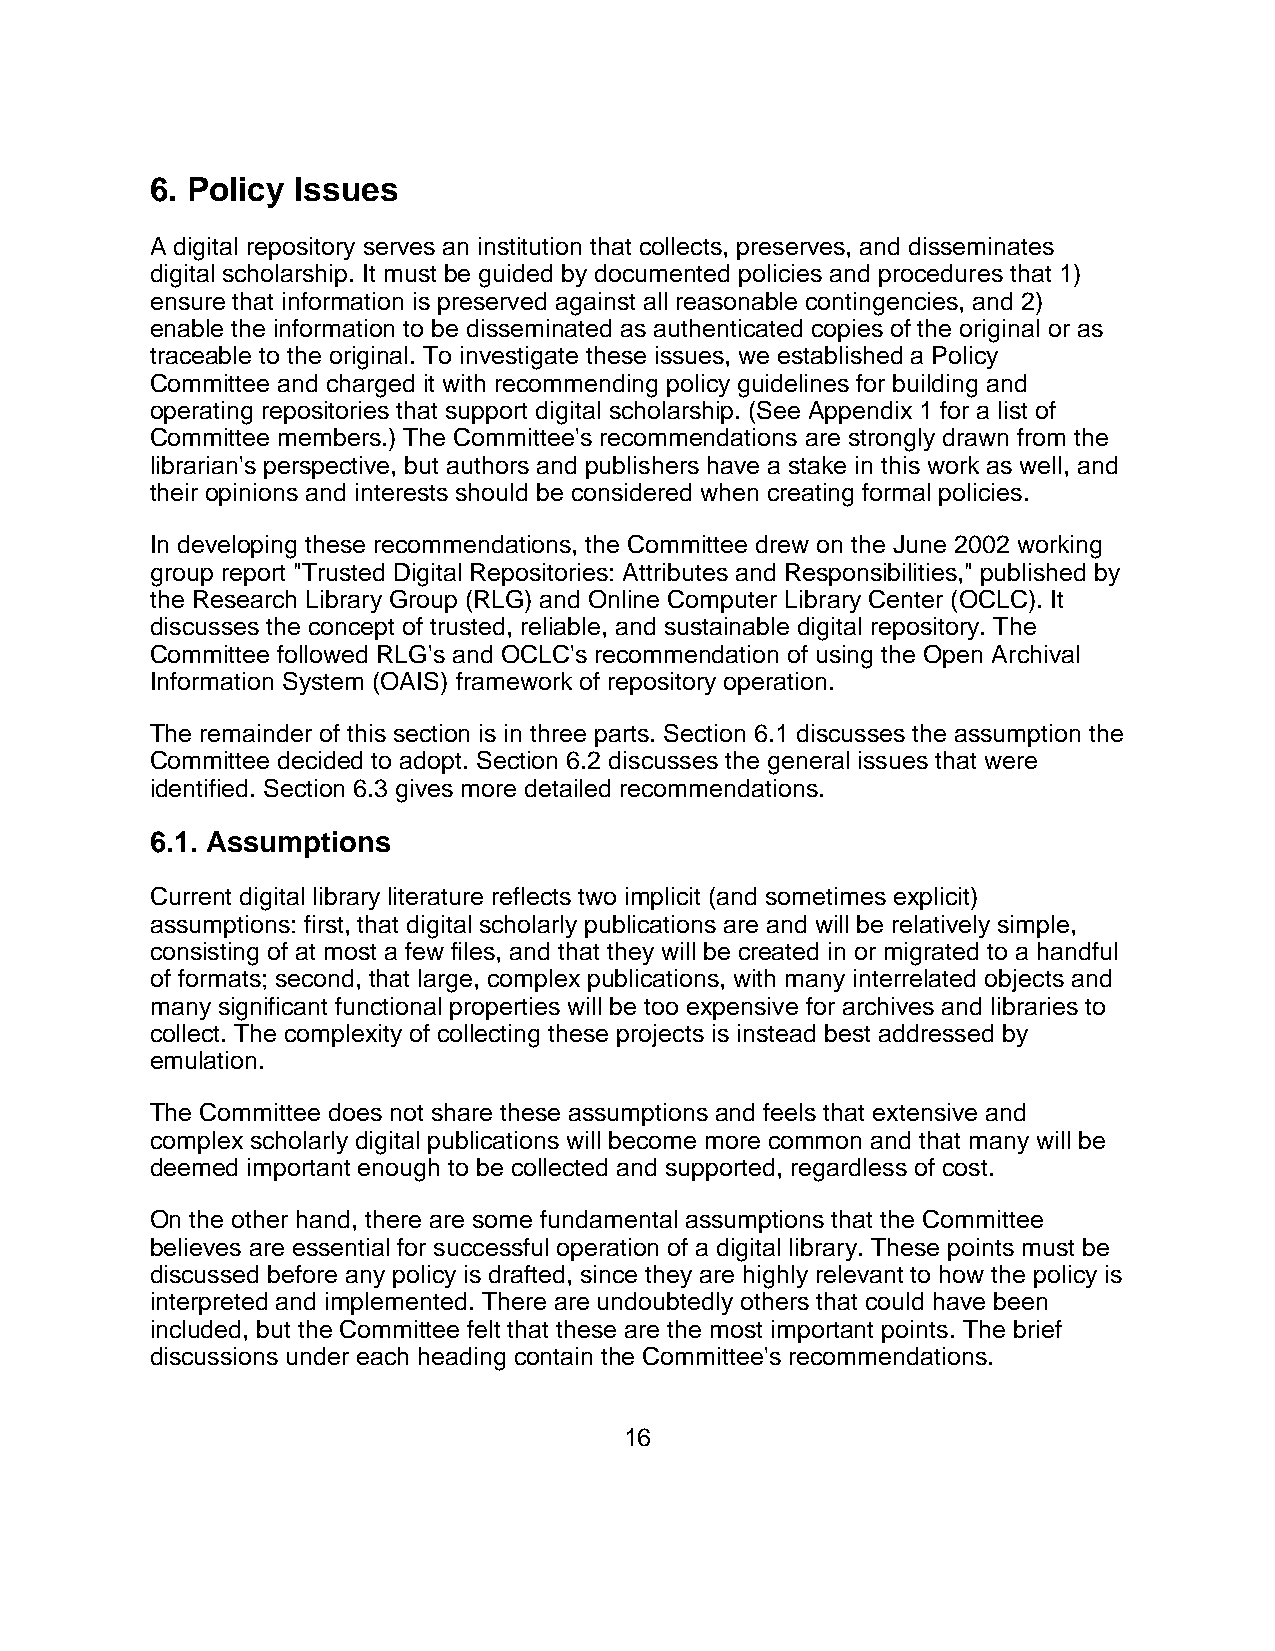
6. Policy Issues
 A digital repository serves an institution that collects, preserves, and disseminates
 digital scholarship. It must be guided by documented policies and procedures that 1)
 ensure that information is preserved against all reasonable contingencies, and 2)
 enable the information to be disseminated as authenticated copies of the original or as
 traceable to the original. To investigate these issues, we established a Policy
 Committee and charged it with recommending policy guidelines for building and
 operating repositories that support digital scholarship. (See Appendix 1 for a list of
 Committee members.) The Committee's recommendations are strongly drawn from the
 librarian's perspective, but authors and publishers have a stake in this work as well, and
 their opinions and interests should be considered when creating formal policies.
 In developing these recommendations, the Committee drew on the June 2002 working
 group report "Trusted Digital Repositories: Attributes and Responsibilities," published by
 the Research Library Group (RLG) and Online Computer Library Center (OCLC). It
 discusses the concept of trusted, reliable, and sustainable digital repository. The
 Committee followed RLG's and OCLC's recommendation of using the Open Archival
 Information System (OAIS) framework of repository operation.
 The remainder of this section is in three parts. Section 6.1 discusses the assumption the
 Committee decided to adopt. Section 6.2 discusses the general issues that were
 identified. Section 6.3 gives more detailed recommendations.
 6.1. Assumptions
 Current digital library literature reflects two implicit (and sometimes explicit)
 assumptions: first, that digital scholarly publications are and will be relatively simple,
 consisting of at most a few files, and that they will be created in or migrated to a handful
 of formats; second, that large, complex publications, with many interrelated objects and
 many significant functional properties will be too expensive for archives and libraries to
 collect. The complexity of collecting these projects is instead best addressed by
 emulation.
 The Committee does not share these assumptions and feels that extensive and
 complex scholarly digital publications will become more common and that many will be
 deemed important enough to be collected and supported, regardless of cost.
 On the other hand, there are some fundamental assumptions that the Committee
 believes are essential for successful operation of a digital library. These points must be
 discussed before any policy is drafted, since they are highly relevant to how the policy is
 interpreted and implemented. There are undoubtedly others that could have been
 included, but the Committee felt that these are the most important points. The brief
 discussions under each heading contain the Committee's recommendations.
 16